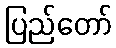
ပြည်တော်